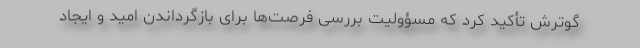
گوترش تأکید کرد که مسؤولیت بررسی فرصت‌ها برای بازگرداندن امید و ایجاد